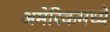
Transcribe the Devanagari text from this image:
अमेरिकमध्ये